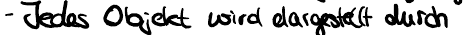
- Jedes Objekt wird dargestellt durch